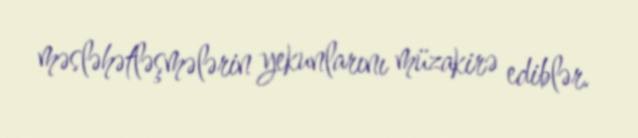
məsləhətləşmələrin yekunlarını müzakirə ediblər.